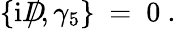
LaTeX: \{ \mathrm{i}D\! \llap{/},\gamma_{5}\} ~=~0~.